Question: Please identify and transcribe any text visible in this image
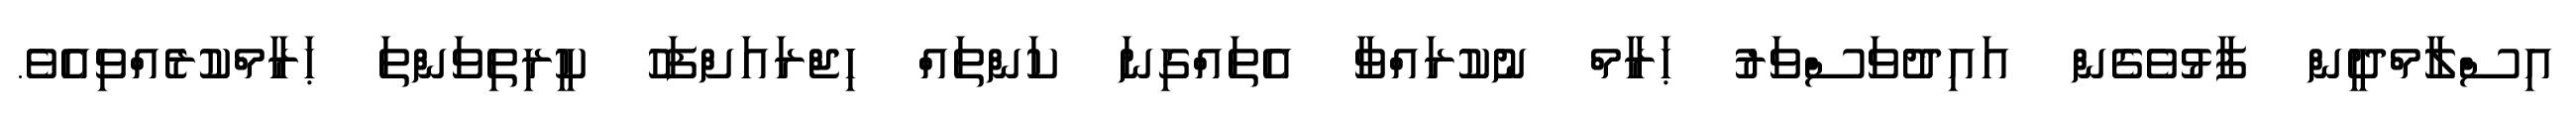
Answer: އިސްލާމްދީން ފާޅުވެގެން އައިދުވަސްވަރު ޙަރާމް ނުކުރައްވާ އެތައްގިނަ ކަންތައް ހިޖްރައަށްފަހު ކީރިތިވަންތަ ޙަރާމްކުރެއްވިއެވެ.